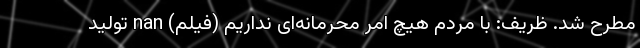
مطرح شد. ظریف: با مردم هیچ امر محرمانه‌ای نداریم (فیلم) nan تولید